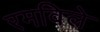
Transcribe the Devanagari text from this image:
रमविले